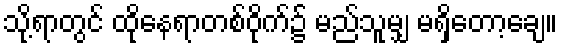
သို့ရာတွင် ထိုနေရာတစ်ဝိုက်၌ မည်သူမျှ မရှိတော့ချေ။